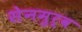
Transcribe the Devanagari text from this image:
सेनमुर्व